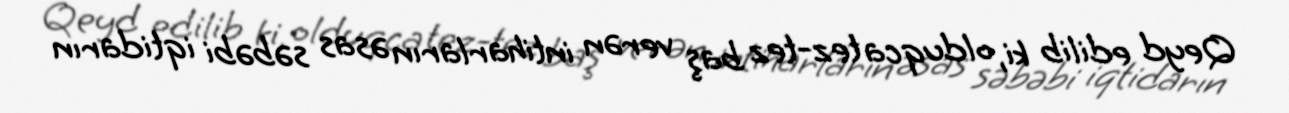
Qeyd edilib ki, olduqca tez-tez baş verən intiharların əsas səbəbi iqtidarın